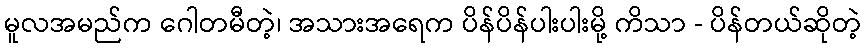
မူလအမည်က ဂေါတမီတဲ့၊ အသားအရေက ပိန်ပိန်ပါးပါးမို့ ကိသာ - ပိန်တယ်ဆိုတဲ့